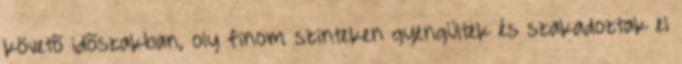
követõ idõszakban, oly finom szinteken gyengültek és szakadoztak el